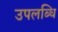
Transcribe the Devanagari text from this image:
उपलब्धि